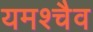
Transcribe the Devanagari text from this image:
यमश्चैव